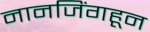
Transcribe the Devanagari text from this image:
नानजिंगहून